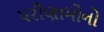
પરીણામોનો